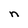
Character: n